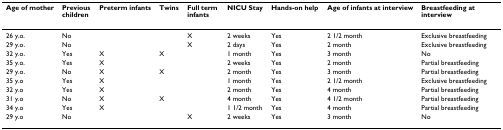
| Age of mother | Previous children | Preterm infants | Twins | Full term infants | NICU Stay | Hands-on help | Age of infants at interview | Breastfeeding at interview |
 | --- | --- | --- | --- | --- | --- | --- | --- | --- |
 | 26 y.o. | No |  |  | X | 2 weeks | Yes | 2 1/2 month | Exclusive breastfeeding |
 | 29 y.o. | No |  |  | X | 2 days | Yes | 2 month | Exclusive breastfeeding |
 | 32 y.o. | Yes | X | X |  | 1 month | Yes | 3 month | No |
 | 35 y.o. | Yes | X |  |  | 2 weeks | Yes | 2 month | Partial breastfeeding |
 | 29 y.o. | No | X | X |  | 2 month | Yes | 3 month | Partial breastfeeding |
 | 35 y.o | Yes | X |  |  | 1 month | Yes | 2 1/2 month | Exclusive breastfeeding |
 | 32 y.o | Yes | X |  |  | 2 month | Yes | 4 month | Partial breastfeeding |
 | 31 y.o | No | X | X |  | 4 month | Yes | 4 1/2 month | Partial breastfeeding |
 | 34 y.o | Yes | X |  |  | 1 1/2 month | Yes | 4 month | Partial breastfeeding |
 | 29 y.o | No |  |  | X | 2 weeks | Yes | 3 month | No |